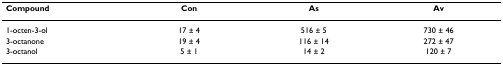
| Compound | Con | As | Av |
 | --- | --- | --- | --- |
 | 1-octen-3-ol | 17 ± 4 | 516 ± 5 | 730 ± 46 |
 | 3-octanone | 19 ± 4 | 116 ± 14 | 272 ± 47 |
 | 3-octanol | 5 ± 1 | 14 ± 2 | 120 ± 7 |